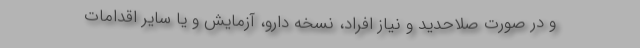
و در صورت صلاحدید و نیاز افراد، نسخه دارو، آزمایش و یا سایر اقدامات